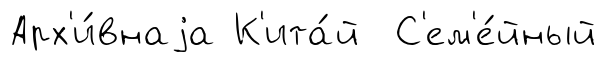
Арх'и́внаjа К'ита́й С'ем'е́йный